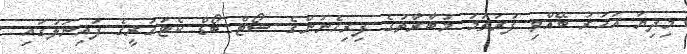
މިދިޔަ އަހަރު ބޭއްވި ފުރަތަމަ މުބާރާތުގެ ފިރިހެނުންގެ ޝޯޓް ބޯޑް ކެޓަގަރީގެ ފައިނަލުގައި